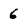
Character: 6